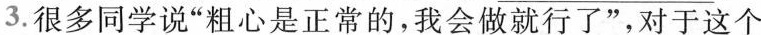
3.很多同学说”粗心是正常的，我会做就行了”，对于这个